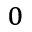
_ 0